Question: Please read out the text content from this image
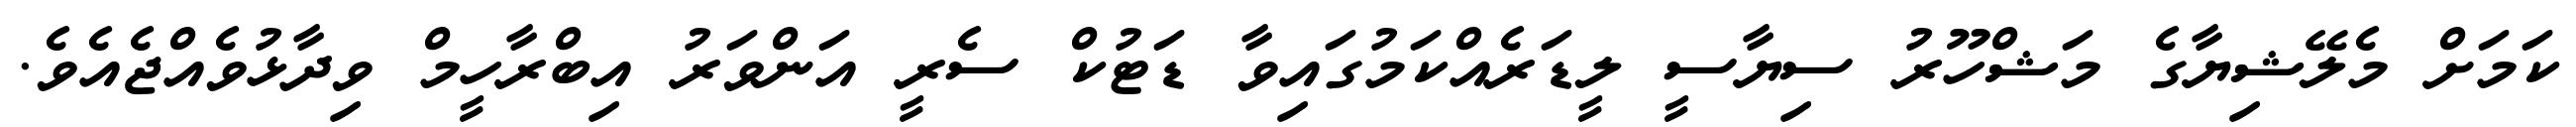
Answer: ކަމަށް މެލޭޝިޔާގެ މަޝްހޫރު ސިޔާސީ ލީޑަރެއްކަމުގައިވާ ޑަޓުކް ސެރީ އަންވަރު އިބްރާހީމް ވިދާޅުވެއްޖެއެވެ.